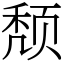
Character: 颓